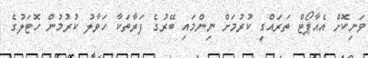
ވަނިކޮށް އެއާޕޯޓް ތަރައްގީ ކުރުމަށް ނިންމައި ބޭރުގެ ފަރާތަކާ ހަވާލު ކުރުމުން ހޮޓަލުގެ